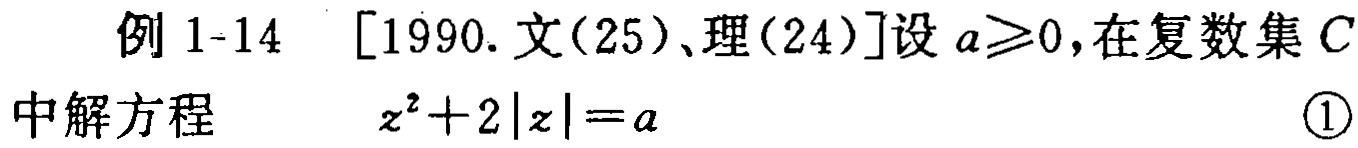
例 1-14 [1990. 文(25)、理(24)]设 \(a\geqslant0\)，在复数集 \(C\) 中解方程 \(z^{2}+2|z| = a\) \textcircled{1}